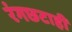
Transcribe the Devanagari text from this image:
रंगछटाही